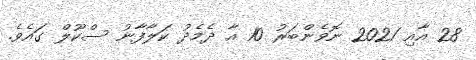
28 އާއި 2021 ނޮވެންބަރު 10 އާ ދެމެދު ކަލާފާނު ސްކޫލް ގައެވެ.